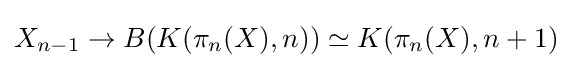
X_{n-1}\to B(K(\pi _{n}(X),n))\simeq K(\pi _{n}(X),n+1)